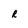
Character: r